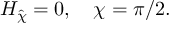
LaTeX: H _ { \hat { \chi } } = 0 , \quad \chi = \pi / 2 .